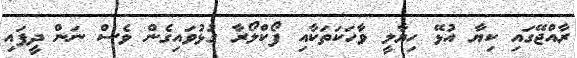
ރާއްޖޭގައި ކިޔާ އުޅޭ ހިޔާލީ ވާހަކަތަކާއި ފޯކްލޯރާ ގުޅުވައިގެން ވެސް ނަން ދީފައި